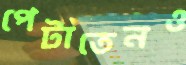
পেটাতেনও